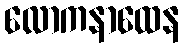
လောကနာထေန